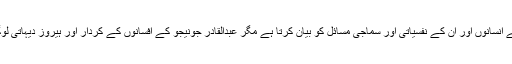
سندھی افسانوی ادب میں ایک تو وہ پہلو ہے جو شہری معاشرے میں رہنے والے انسانوں اور ان کے نفسیاتی اور سماجی مسائل کو بیان کرتا ہے مگر عبدالقادر جونیجو کے افسانوں کے کردار اور ہیروز دیہاتی لوگ ہیں، جن کے ہاں اس جہاں اور دنیاداری کو سمجھنے کے اپنے نطریات ہیں۔